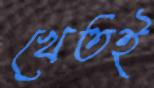
খেতই